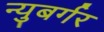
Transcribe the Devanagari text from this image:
न्युबर्गर